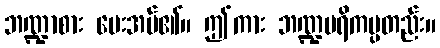
ဘဏ္ဍာစား ပေးအပ်၏။ ဤကား ဘဏ္ဍပရိကပ္ပတည်း။